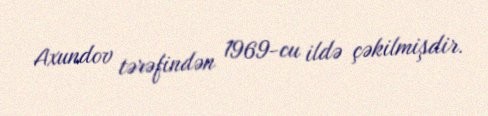
Axundov tərəfindən 1969-cu ildə çəkilmişdir.